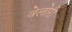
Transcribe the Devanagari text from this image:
वेलोरी